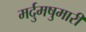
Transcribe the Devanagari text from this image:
मर्दुमषुमारी